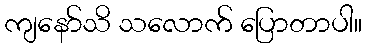
ကျနော်သိ သလောက် ပြောတာပါ။